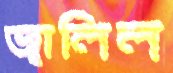
জ্বালিল